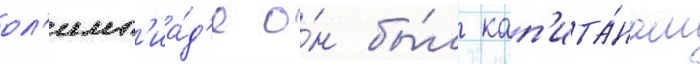
ол'имп'иа́д'е о́н бы́л кап'ита́ном